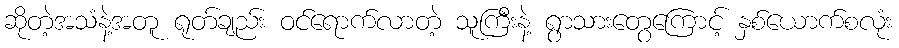
ဆိုတဲ့အသံနဲ့အတူ ရုတ်ချည်း ဝင်ရောက်လာတဲ့ သူကြီးနဲ့ ရွာသားတွေကြောင့် နှစ်ယောက်စလုံး